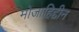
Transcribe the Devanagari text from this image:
मोजाहिद्दीन